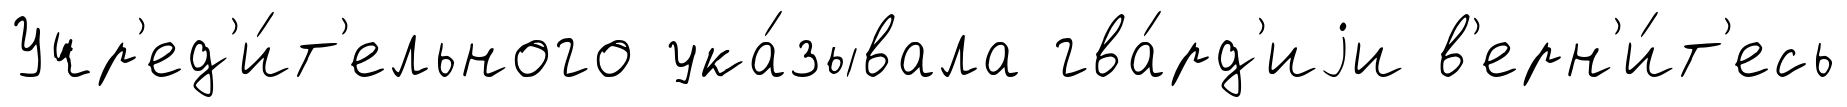
Учр'ед'и́т'ельного ука́зывала гва́рд'иjи в'ерн'и́т'есь